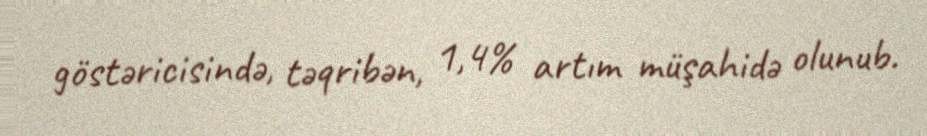
göstəricisində, təqribən, 1,4% artım müşahidə olunub.